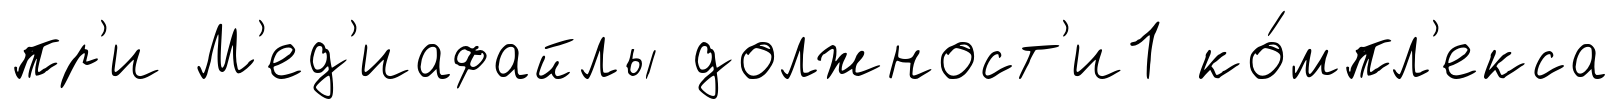
пр'и М'ед'иафайлы должност'и1 ко́мпл'екса